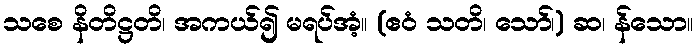
သစေ နိတိဋ္ဌတိ၊ အကယ်၍ မရပ်အံ့။ (ဧဝံ သတိ၊ သော်၊) ဆ၊ န်သော။